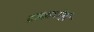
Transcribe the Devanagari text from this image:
द्राक्षाचीही